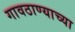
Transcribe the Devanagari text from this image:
गावठाण्याच्या